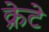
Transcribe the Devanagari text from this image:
क्रेटे